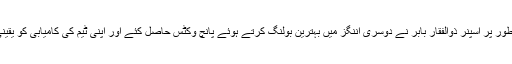
خاص طور پر اسپنر ذوالفقار بابر نے دوسری اننگز میں بہترین بولنگ کرتے ہوئے پانچ وکٹس حاصل کئے اور اپنی ٹیم کی کامیابی کو یقینی بنایا ۔